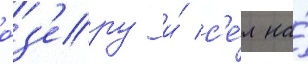
о́з'еру и́ с'е́л на́